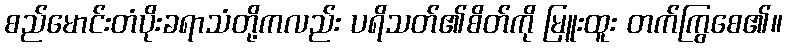
စည်မောင်းတံပိုးခရာသံတို့ကလည်း ပရိသတ်၏စိတ်ကို မြူးထူး တက်ကြွစေ၏။